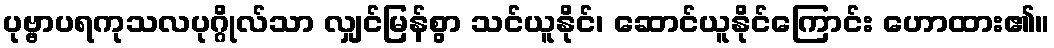
ပုဗ္ဗာပရကုသလပုဂ္ဂိုလ်သာ လျှင်မြန်စွာ သင်ယူနိုင်၊ ဆောင်ယူနိုင်ကြောင်း ဟောထား၏။